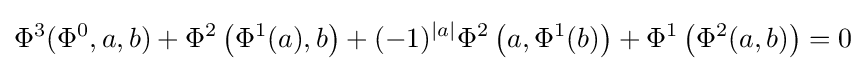
\Phi ^{3}(\Phi ^{0},a,b)+\Phi ^{2}\left(\Phi ^{1}(a),b\right)+(-1)^{|a|}\Phi ^{2}\left(a,\Phi ^{1}(b)\right)+\Phi ^{1}\left(\Phi ^{2}(a,b)\right)=0